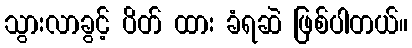
သွားလာခွင့် ပိတ် ထား ခံရဆဲ ဖြစ်ပါတယ်။